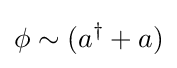
\phi \sim (a^{\dagger }+a)